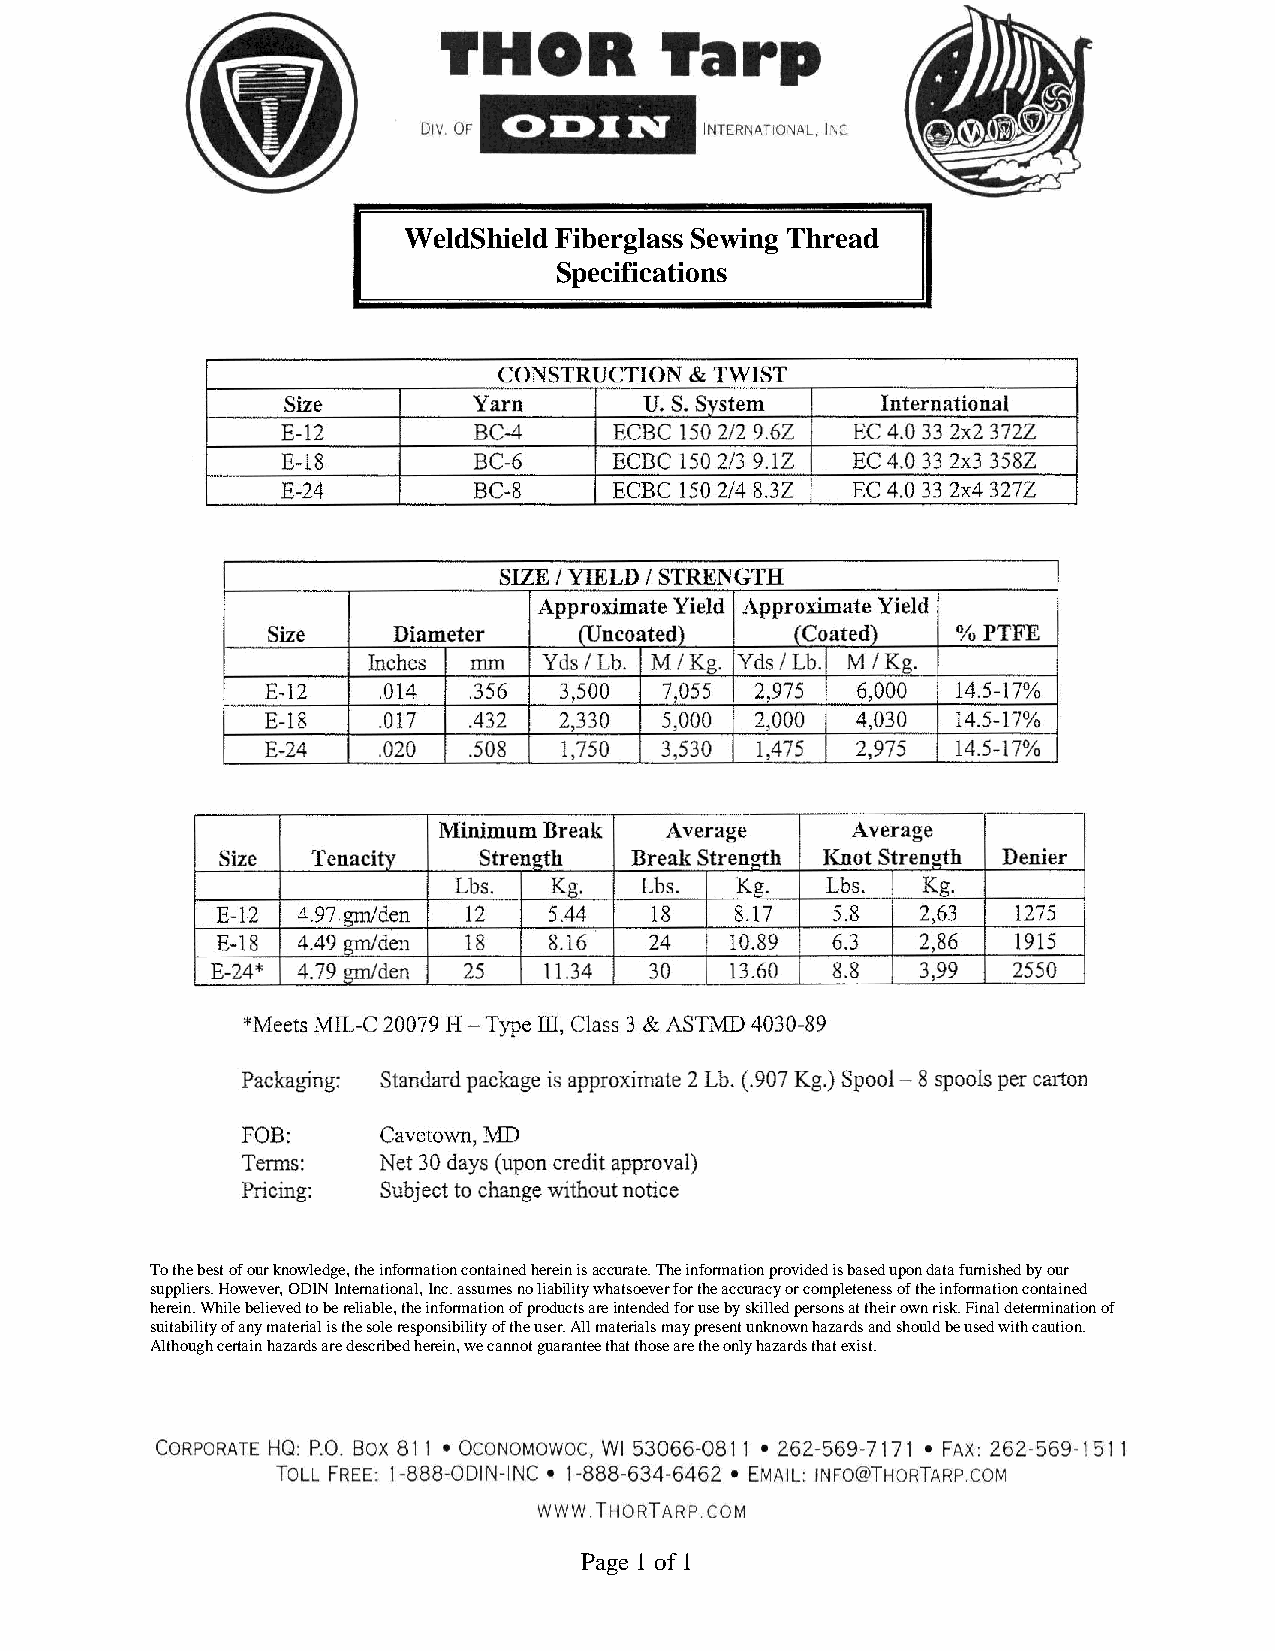
WeldShield Fiberglass Sewing Thread
 Specifications
 To the best of our knowledge, the information contained herein is accurate. The information provided is based upon data furnished by our
 suppliers. However, ODIN International, Inc. assumes no liability whatsoever for the accuracy or completeness of the information contained
 herein. While believed to be reliable, the information of products are intended for use by skilled persons at their own risk. Final determination of
 suitability of any material is the sole responsibility of the user. All materials may present unknown hazards and should be used with caution.
 Although certain hazards are described herein, we cannot guarantee that those are the only hazards that exist.
 Page 1 of 1